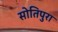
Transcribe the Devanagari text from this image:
सोतिपुरा